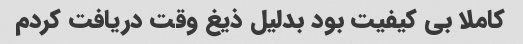
کاملا بی کیفیت بود بدلیل ذیغ وقت دریافت کردم